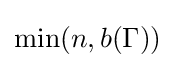
\min(n,b(\Gamma ))